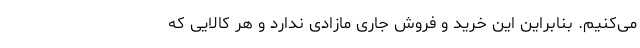
می‌کنیم. بنابراین این خرید و فروش جاری مازادی ندارد و هر کالایی که